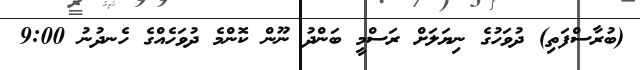
(ބުރާސްފަތި) ދުވަހުގެ ނިޔަލަށް ރަސްމީ ބަންދު ނޫން ކޮންމެ ދުވަހެއްގެ ހެނދުނު 9:00